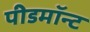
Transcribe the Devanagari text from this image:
पीडमॉन्ट